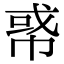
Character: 𢃤